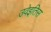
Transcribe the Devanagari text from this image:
उवेइतिस